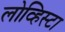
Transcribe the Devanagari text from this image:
लोव्हिस्टा